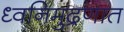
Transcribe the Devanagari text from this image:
ध्वनिमुद्रणात